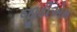
જીડીએમ